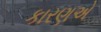
કારણએ